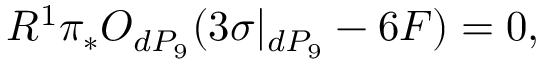
R ^ { 1 } \pi _ { * } { \cal O } _ { d P _ { 9 } } ( 3 \sigma | _ { d P _ { 9 } } - 6 F ) = 0 ,